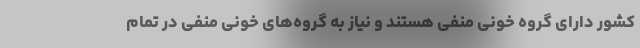
کشور دارای گروه خونی منفی هستند و نیاز به گروه‌های خونی منفی در تمام